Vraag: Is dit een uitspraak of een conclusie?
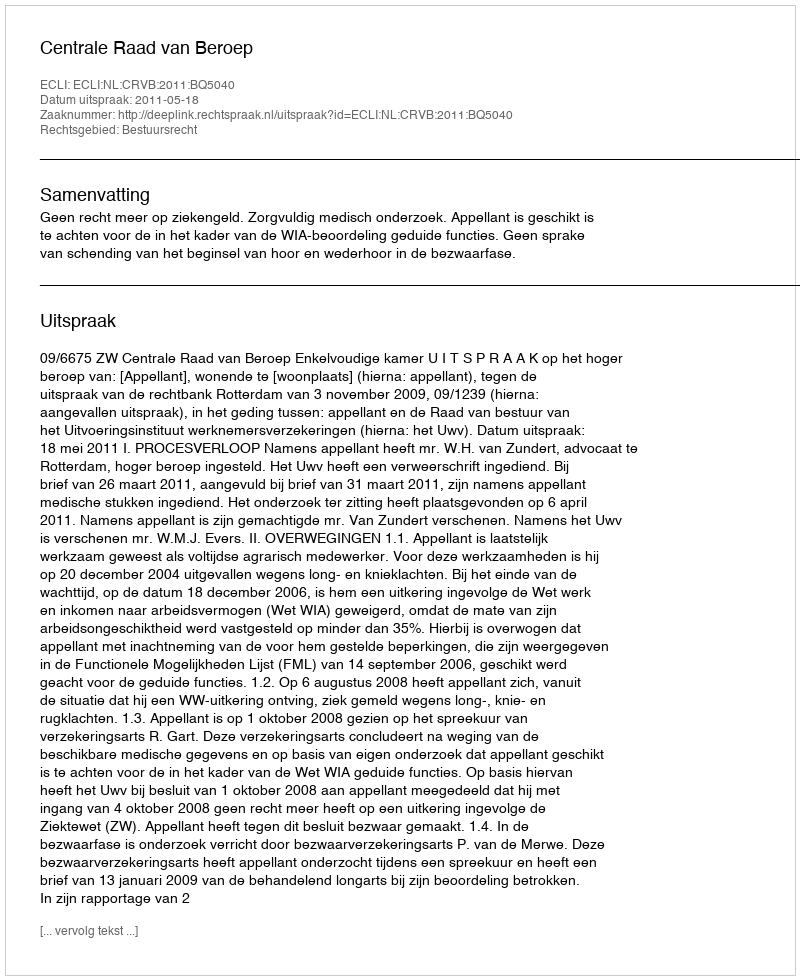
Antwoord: Uitspraak